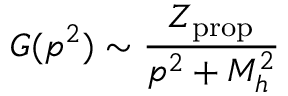
G ( p ^ { 2 } ) \sim { \frac { Z _ { \mathrm { p r o p } } } { p ^ { 2 } + M _ { h } ^ { 2 } } }